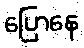
ပြောနေ